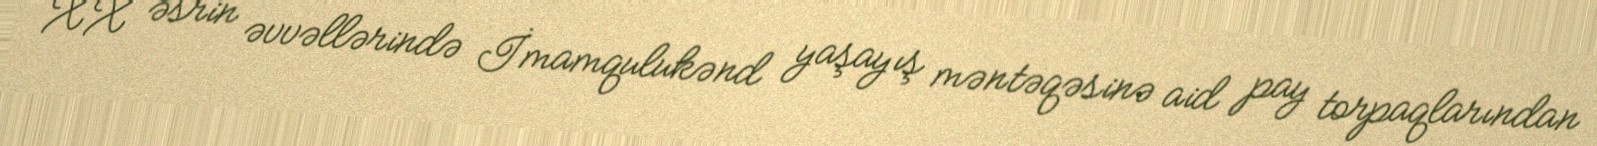
XX əsrin əvvəllərində İmamqulukənd yaşayış məntəqəsinə aid pay torpaqlarından